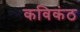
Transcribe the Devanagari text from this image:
कविकंठ